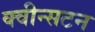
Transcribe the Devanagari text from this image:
क्वीन्सटन